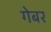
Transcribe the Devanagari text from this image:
गेबर